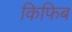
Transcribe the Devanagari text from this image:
किफिब